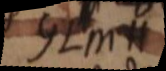
GLMH